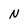
Character: N